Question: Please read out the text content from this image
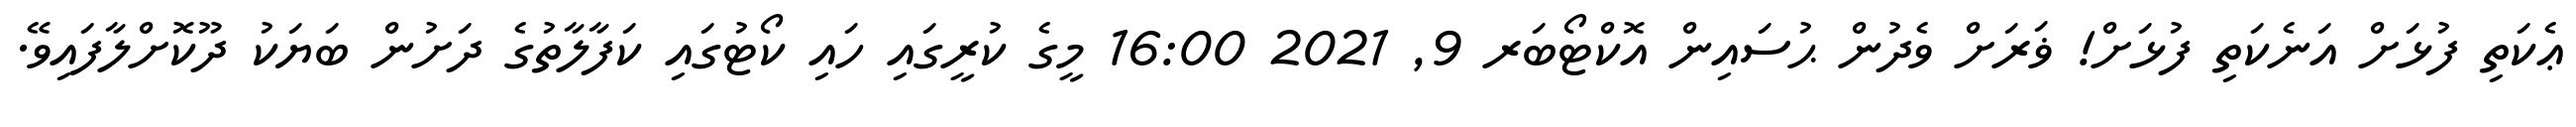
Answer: ޢެކަތި ފުޅަށް އަނެކަތި ފުޅަށް! ޥަރަށް ވެދުން ޙުސައިން އޮކްޓޯބަރ 9, 2021 16:00 މީގެ ކުރީގައި ހައި ކޯޓުގައި ކަފާލާތުގެ ދަށުން ބަޔަކު ދޫކޮށްލާފައިވޭ.